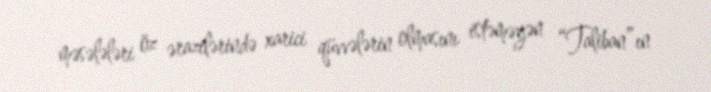
məsələləri öz ərazilərində xarici qüvvələrin olmasını istəməyən “Taliban”ın